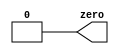
module top_module ( output zero );
	
	assign zero = 1'b0;
	
endmodule